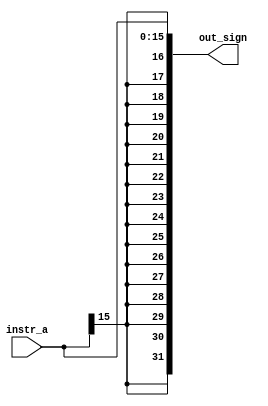
`timescale 1ns / 1ps
//////////////////////////////////////////////////////////////////////////////////
// Company: 
// Engineer: 
// 
// Design Name: 
// Module Name: Sign_Extend
// Project Name: 
// Target Devices: 
// Tool Versions: 
// Description: 
// 
// Dependencies: 
// 
// Revision:
// Revision 0.01 - File Created
// Additional Comments:
// 
//////////////////////////////////////////////////////////////////////////////////

`define DATA_WIDTH 16
`define DATA_OUT 32
module Sign_Extend(
instr_a , out_sign
    );
 input [`DATA_WIDTH-1:0] instr_a ;
 output [`DATA_OUT-1:0] out_sign ;
 
 /////it extends the instr[15] bit position 16 times left(MSB] and concatenates the  instr_a[15:0] to the the right[LSB] //
 assign out_sign = {{`DATA_WIDTH{instr_a[`DATA_WIDTH-1]}} , instr_a};
     
endmodule